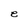
Character: e